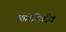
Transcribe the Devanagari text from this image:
व्यंगचित्रीय